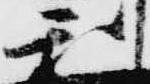
利